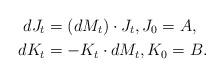
LaTeX: \begin{align*} dJ_t &= (dM_t)\cdot J_t, J_0 =A, \\dK_t &= - K_t \cdot dM_t, K_0 =B. \end{align*}